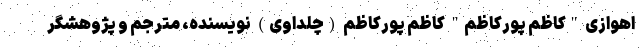
اهوازی "کاظم پورکاظم" کاظم پورکاظم (چلداوی) نویسنده، مترجم و پژوهشگر